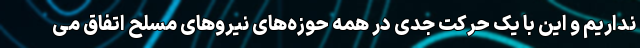
نداریم و این با یک حرکت جدی در همه حوزه‌های نیروهای مسلح اتفاق می